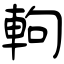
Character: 軥